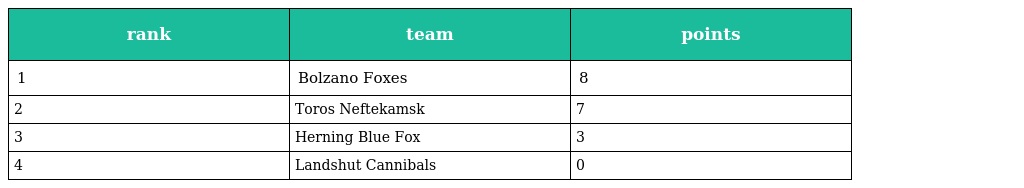
| rank | team | points |
 | --- | --- | --- |
 | 1 | Bolzano Foxes | 8 |
 | 2 | Toros Neftekamsk | 7 |
 | 3 | Herning Blue Fox | 3 |
 | 4 | Landshut Cannibals | 0 |